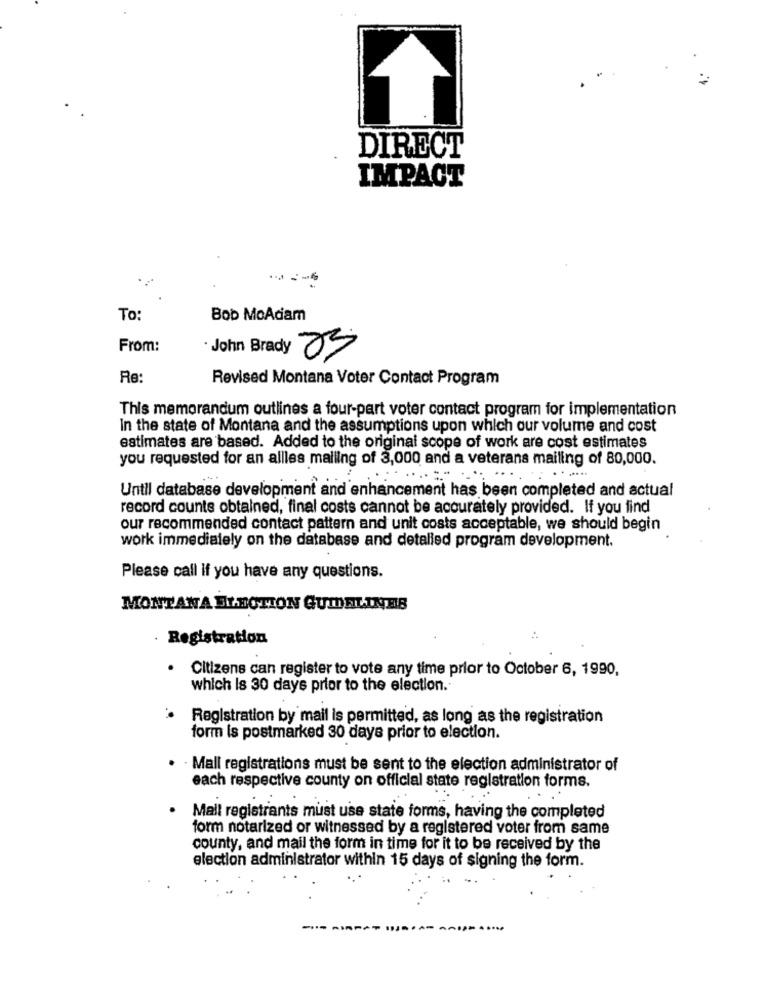
DIRECT
IMPACT
To:
Bob MoAdam
From:
· John Brady 23
Re:
Revised Montana Voter Contact Program
This memorandum outlines a four-part voter contact program for implementation
In the state of Montana and the assumptions upon which our volume and cost
estimates are based. Added to the original scope of work are cost estimates
you requested for an allles mailing of 3,000 and a veterans mailing of 80,000.
Until database development and enhancement has been completed and actual
record counts obtained, final costs cannot be accurately provided. If you find
our recommended contact pattern and unit costs acceptable, we should begin
work immediately on the database and detalled program development.
Please call if you have any questions.
MONTANA ELECTION GUIDELINES
. Registration
· Citizens can register to vote any time prior to October 6, 1990,
which Is 30 days prior to the election.
Registration by mail is permitted, as long as the registration
form is postmarked 30 days prior to election.
· Mall registrations must be sent to the election administrator of
each respective county on official state registration forms.
Mall registrants must use state forms, having the completed
form notarized or witnessed by a registered voter from same
county, and mail the form in time for it to be received by the
election administrator within 15 days of signing the form.